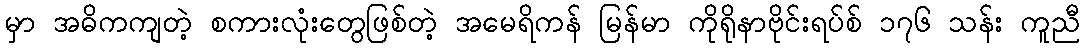
မှာ အဓိကကျတဲ့ စကားလုံးတွေဖြစ်တဲ့ အမေရိကန် မြန်မာ ကိုရိုနာဗိုင်းရပ်စ် ၁၇၆ သန်း ကူညီ